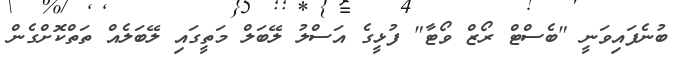
ބުނެފައިވަނީ "ބެސްޓް ރޯޒް ވޯޓާ" ފުޅީގެ އަސްލު ލޭބަލް މަތީގައި ލޭބަލެއް ތަތްކޮށްގެން